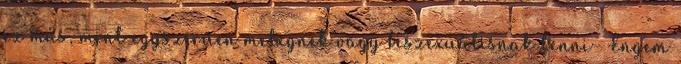
ez más, mint egyszerűen melegnek vagy biszexuálisnak lenni- Engem